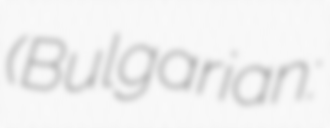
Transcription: (Bulgarian: